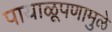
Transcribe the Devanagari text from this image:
पायाळूपणामुळे